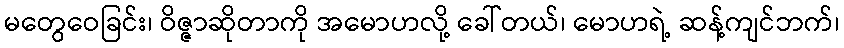
မတွေဝေခြင်း၊ ဝိဇ္ဇာဆိုတာကို အမောဟလို့ ခေါ်တယ်၊ မောဟရဲ့ ဆန့်ကျင်ဘက်၊